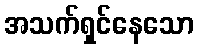
အသက်ရှင်နေသော